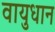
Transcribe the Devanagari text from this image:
वायुधान